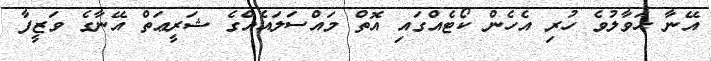
އޭނާ ޙަވާލުވެ ހުރި އެހެން ކޯޓެއްގައި އޮތް މައްސަލައެއްގެ ޝަރީޢަތް އޭނާގެ ވަޒީފާ